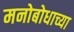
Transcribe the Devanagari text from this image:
मनोबोधाच्या